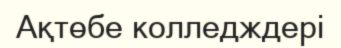
Ақтөбе колледждері